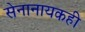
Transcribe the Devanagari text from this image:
सेनानायकही